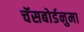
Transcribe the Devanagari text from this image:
चॅसबोर्डनुमा